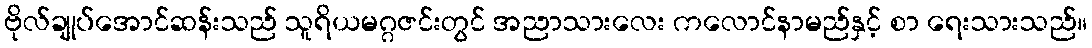
ဗိုလ်ချုပ်အောင်ဆန်းသည် သူရိယမဂ္ဂဇင်းတွင် အညာသားလေး ကလောင်နာမည်နှင့် စာ ရေးသားသည်။